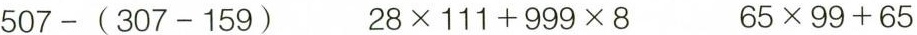
$$5 0 7 - ( 3 0 7 - 1 5 9 )$$ $$2 8 \times 1 1 1 + 9 9 9 \times 8$$ $$6 5 \times 9 9 + 6 5$$